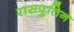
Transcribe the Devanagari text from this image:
रासपुतिन